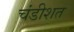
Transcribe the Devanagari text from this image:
चंडीशत